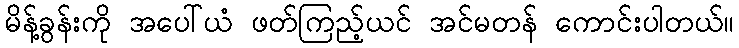
မိန့်ခွန်းကို အပေါ်ယံ ဖတ်ကြည့်ယင် အင်မတန် ကောင်းပါတယ်။